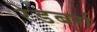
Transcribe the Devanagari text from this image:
रेडबर्ग